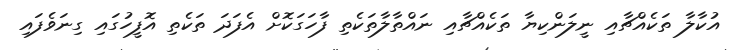
އުކާލާ ތަކެއްޗާއި ނީލަންކިޔާ ތަކެއްޗާއި ނައްތާލާތަކެތި ފާހަގަކޮށް އެފަދަ ތަކެތި އޮފީހުގައި ގިނަވެފައި